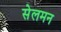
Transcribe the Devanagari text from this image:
सेलमन